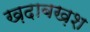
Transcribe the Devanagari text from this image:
ख़दाबख़श